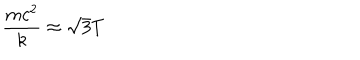
LaTeX: \frac { m c ^ { 2 } } { k } \approx \sqrt { 3 } T